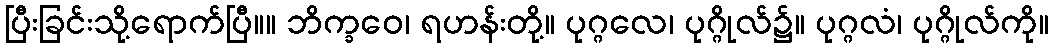
ပြီးခြင်းသို့ရောက်ပြီ။။ ဘိက္ခဝေ၊ ရဟန်းတို့။ ပုဂ္ဂလေ၊ ပုဂ္ဂိုလ်၌။ ပုဂ္ဂလံ၊ ပုဂ္ဂိုလ်ကို။